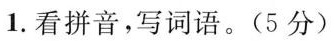
1.看拼音，写词语。(5分)